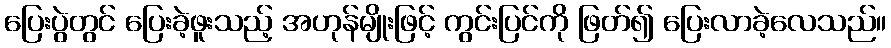
ပြေးပွဲတွင် ပြေးခဲ့ဖူးသည့် အဟုန်မျိုးဖြင့် ကွင်းပြင်ကို ဖြတ်၍ ပြေးလာခဲ့လေသည်။